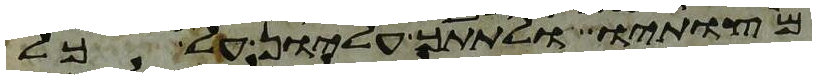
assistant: מצותיו ולתתך עליון על כל